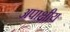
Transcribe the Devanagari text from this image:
अपाक्षीय